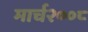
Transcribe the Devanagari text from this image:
मार्च२००८